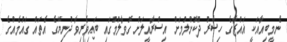
ނެމީބިއާއަކީ ޣައްޒާގެ ހިސާރު ދޫކޮށްލުމަށް އިސްރާއީލަށް ގޮވާލުމުގައި ބައިވެރިވާ ދުނިޔޭގެ އެތައް ގައުމެއްގެ